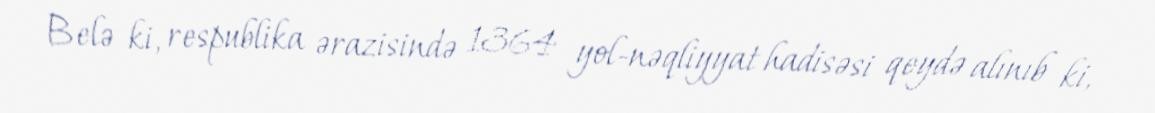
Belə ki, respublika ərazisində 1364 yol-nəqliyyat hadisəsi qeydə alınıb ki,